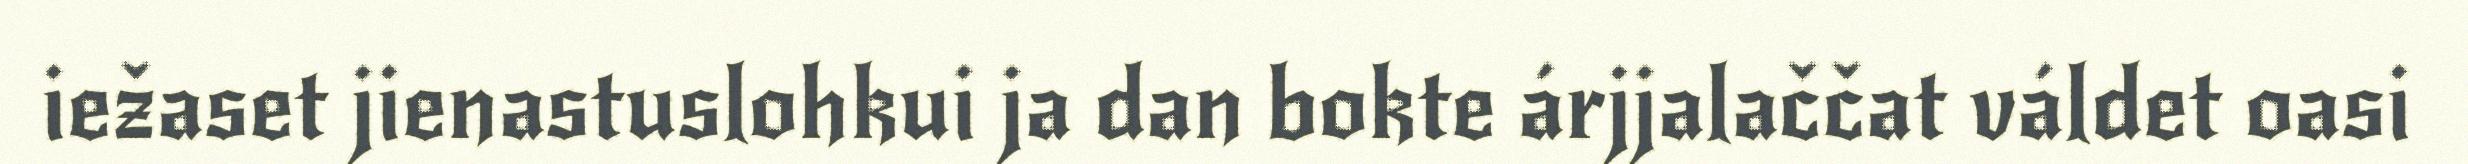
iežaset jienastuslohkui ja dan bokte árjjalaččat váldet oasi